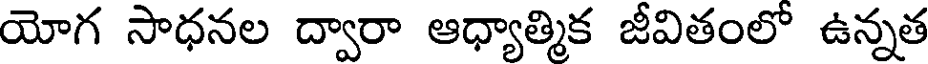
యోగ సాధనల ద్వారా ఆధ్యాత్మిక జీవితంలో ఉన్నత